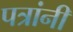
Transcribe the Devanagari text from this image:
पत्रांनी